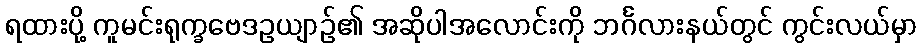
ရထားပို့ ကူမင်းရုက္ခဗေဒဥယျာဉ်၏ အဆိုပါအလောင်းကို ဘင်္ဂလားနယ်တွင် ကွင်းလယ်မှာ